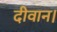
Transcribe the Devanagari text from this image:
दीवान।